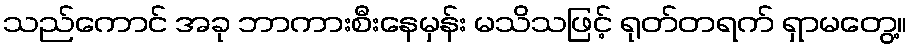
သည်ကောင် အခု ဘာကားစီးနေမှန်း မသိသဖြင့် ရုတ်တရက် ရှာမတွေ့။